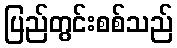
ပြည်တွင်းစစ်သည်